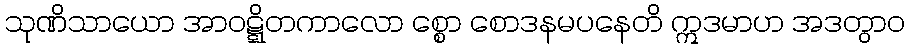
သုဏိသာယော အာဝဋ္ဋိတကာလော စ္စော စောဒနမပနေတိ ဣဒမာဟ အဒတွာဝ